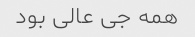
همه جی عالی بود